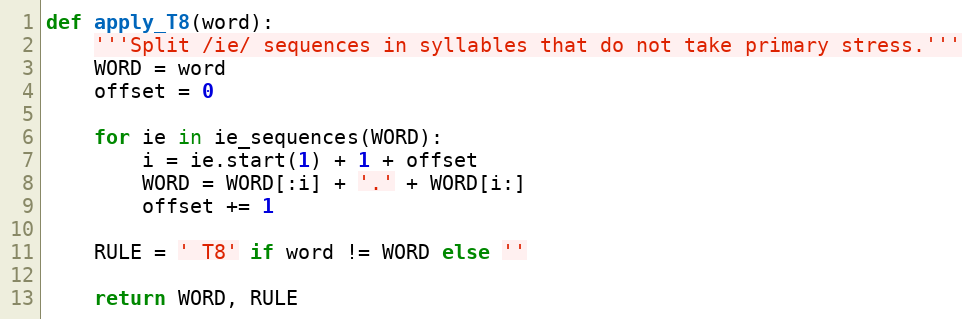
Language: Python
def apply_T8(word):
    '''Split /ie/ sequences in syllables that do not take primary stress.'''
    WORD = word
    offset = 0

    for ie in ie_sequences(WORD):
        i = ie.start(1) + 1 + offset
        WORD = WORD[:i] + '.' + WORD[i:]
        offset += 1

    RULE = ' T8' if word != WORD else ''

    return WORD, RULE